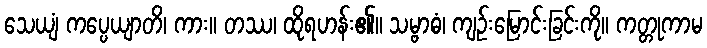
သေယျံ ကပ္ပေယျာတိ၊ ကား။ တဿ၊ ထိုရဟန်း၏။ သမ္ဗာဓံ၊ ကျဉ်းမြောင်းခြင်းကို။ ကတ္တုကာမ